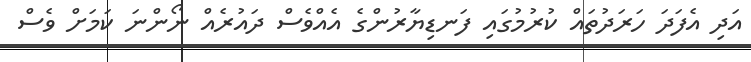
އަދި އެފަދަ ހަރަދުތައް ކުރުމުގައި ފަނޑިޔާރުންގެ އެއްވެސް ދައުރެއް ނޯންނަ ކަމަށް ވެސް